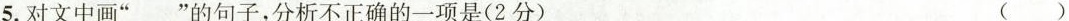
5.对文中画”﹏”的句子，分析不正确的一项是(2分) ()